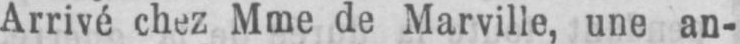
Arrivé chez Mme de Marville, une an-